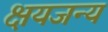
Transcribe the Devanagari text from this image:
क्षयजन्य